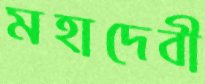
মহাদেবী